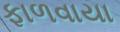
ફાળવાયા